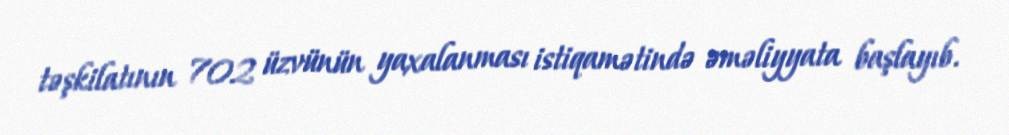
təşkilatının 702 üzvünün yaxalanması istiqamətində əməliyyata başlayıb.